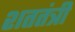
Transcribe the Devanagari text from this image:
शततंत्री